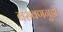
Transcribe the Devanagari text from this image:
बसवणगुडी